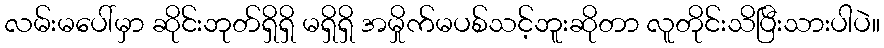
လမ်းမပေါ်မှာ ဆိုင်းဘုတ်ရှိရှိ မရှိရှိ အမှိုက်မပစ်သင့်ဘူးဆိုတာ လူတိုင်းသိပြီးသားပါပဲ။